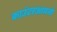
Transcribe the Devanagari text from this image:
काउंटरआयनों